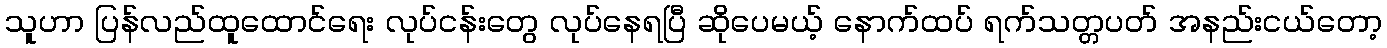
သူဟာ ပြန်လည်ထူထောင်ရေး လုပ်ငန်းတွေ လုပ်နေရပြီ ဆိုပေမယ့် နောက်ထပ် ရက်သတ္တပတ် အနည်းငယ်တော့